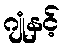
ဂျုံနှင့်